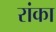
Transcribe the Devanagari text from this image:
रांका